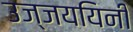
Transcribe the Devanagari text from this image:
उज्जययिनी